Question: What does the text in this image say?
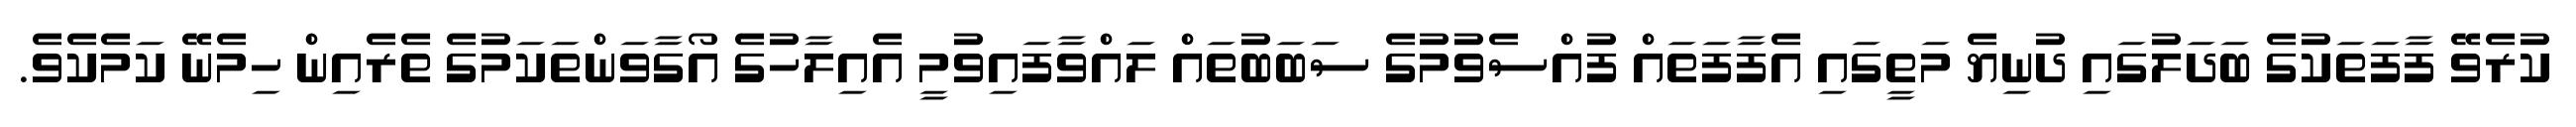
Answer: ކުރެވޭ ފާފަތަކުގެ ބަދަލުގައި ދުނިޔެ މަތީގައި އެފާފަތައް ފުއްސެވުމުގެ ސަބަބުތައް ލައްވާފައިވުމީ އެއިލާހުގެ އޯގާވަންތަކަމުގެ ތެރެއިން ހިމެނޭ ކަމެކެވެ.